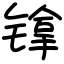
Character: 镎